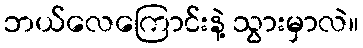
ဘယ်လေကြောင်းနဲ့ သွားမှာလဲ။